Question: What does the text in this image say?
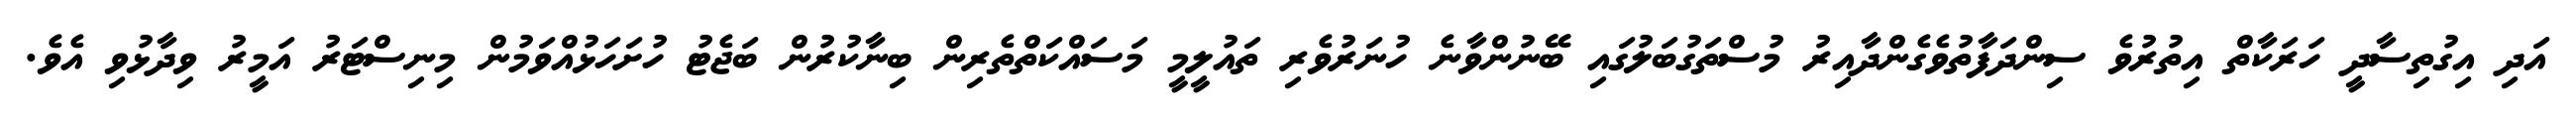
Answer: އަދި އިގުތިސާދީ ހަރަކާތް އިތުރުވެ ސިންދަފާތުވެގެންދާއިރު މުސްތަގުބަލުގައި ބޭނުންވާނެ ހުނަރުވެރި ތައުލީމީ މަސައްކަތްތެރިން ބިނާކުރުން ބަޖެޓު ހުށަހަޅުއްވަމުން މިނިސްޓަރު އަމީރު ވިދާޅުވި އެވެ.